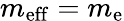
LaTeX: m_{\mathrm{eff}}=m_{\mathrm{e}}